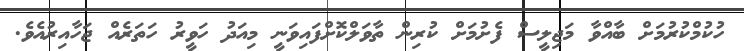
ހުކުމްކުރުމަށް ބާއްވާ މަޖިލީސް ފެށުމަށް ކުރިން ތާވަލްކޮށްފައިވަނީ މިއަދު ހަވީރު ހަތަރެއް ޖަހާއިރުއެވެ.